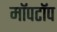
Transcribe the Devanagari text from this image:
मॉपटॉप